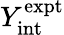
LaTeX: Y_{\mathrm{int}}^{\textrm{expt}}